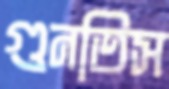
গুনতিস